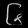
Digit: ၆